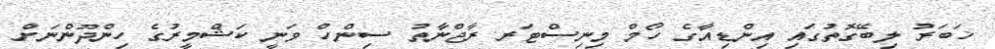
ޚަބަރު ލިބޭގޮތުގައި އިންޑިއާގެ ހޯމް މިނިސްޓަރ ރާޖްނާތު ސިންހް ވަނީ ކަޝްމީރުގެ ހިންދޫންނަށް